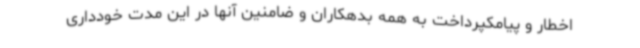
اخطار و پیامکپرداخت به همه بدهکاران و ضامنین آنها در این مدت خودداری